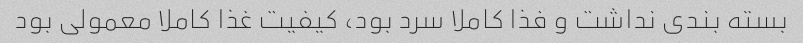
بسته بندی نداشت و فذا کاملا سرد بود، کیفیت غذا کاملا معمولی بود